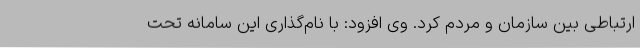
ارتباطی بین سازمان و مردم کرد. وی افزود: با نام‌گذاری این سامانه تحت